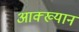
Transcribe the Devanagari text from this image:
आक्ख्यान